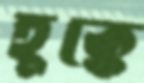
হুক্কে